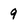
Character: 9